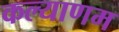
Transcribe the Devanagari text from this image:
कल्‍याणम